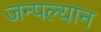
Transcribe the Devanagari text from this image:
जन्पल्यान